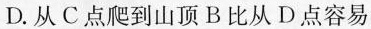
D.从C点爬到山顶B比从C 点容易